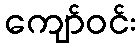
ကျော်ဝင်း